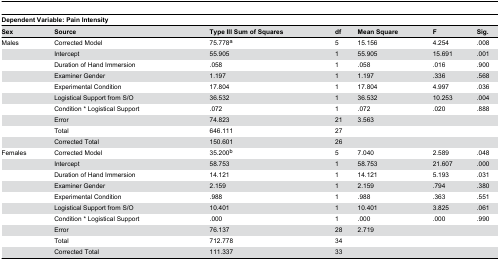
<table><thead><tr><td colspan="7"><b>Dependent Variable: Pain Intensity </b></td></tr><tr><td><b>Sex</b></td><td><b>Source</b></td><td><b>Type III Sum of Squares</b></td><td><b>df</b></td><td><b>Mean Square</b></td><td><b>F</b></td><td><b>Sig.</b></td></tr></thead><tbody><tr><td>Males</td><td>Corrected Model</td><td>75.778<sup>a</sup></td><td>5</td><td>15.156</td><td>4.254</td><td>.008</td></tr><tr><td></td><td>Intercept</td><td>55.905</td><td>1</td><td>55.905</td><td>15.691</td><td>.001</td></tr><tr><td></td><td>Duration of Hand Immersion</td><td>.058</td><td>1</td><td>.058</td><td>.016</td><td>.900</td></tr><tr><td></td><td>Examiner Gender</td><td>1.197</td><td>1</td><td>1.197</td><td>.336</td><td>.568</td></tr><tr><td></td><td>Experimental Condition</td><td>17.804</td><td>1</td><td>17.804</td><td>4.997</td><td>.036</td></tr><tr><td></td><td>Logistical Support from S/O</td><td>36.532</td><td>1</td><td>36.532</td><td>10.253</td><td>.004</td></tr><tr><td></td><td>Condition * Logistical Support</td><td>.072</td><td>1</td><td>.072</td><td>.020</td><td>.888</td></tr><tr><td></td><td>Error</td><td>74.823</td><td>21</td><td>3.563</td><td></td><td></td></tr><tr><td></td><td>Total</td><td>646.111</td><td>27</td><td></td><td></td><td></td></tr><tr><td></td><td>Corrected Total</td><td>150.601</td><td>26</td><td></td><td></td><td></td></tr><tr><td>Females</td><td>Corrected Model</td><td>35.200<sup>b</sup></td><td>5</td><td>7.040</td><td>2.589</td><td>.048</td></tr><tr><td></td><td>Intercept</td><td>58.753</td><td>1</td><td>58.753</td><td>21.607</td><td>.000</td></tr><tr><td></td><td>Duration of Hand Immersion</td><td>14.121</td><td>1</td><td>14.121</td><td>5.193</td><td>.031</td></tr><tr><td></td><td>Examiner Gender</td><td>2.159</td><td>1</td><td>2.159</td><td>.794</td><td>.380</td></tr><tr><td></td><td>Experimental Condition</td><td>.988</td><td>1</td><td>.988</td><td>.363</td><td>.551</td></tr><tr><td></td><td>Logistical Support from S/O</td><td>10.401</td><td>1</td><td>10.401</td><td>3.825</td><td>.061</td></tr><tr><td></td><td>Condition * Logistical Support</td><td>.000</td><td>1</td><td>.000</td><td>.000</td><td>.990</td></tr><tr><td></td><td>Error</td><td>76.137</td><td>28</td><td>2.719</td><td></td><td></td></tr><tr><td></td><td>Total</td><td>712.778</td><td>34</td><td></td><td></td><td></td></tr><tr><td></td><td>Corrected Total</td><td>111.337</td><td>33</td><td></td><td></td><td></td></tr></tbody></table>